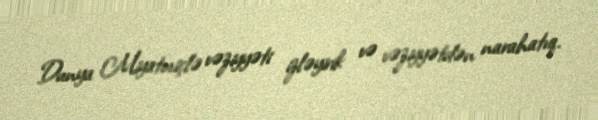
Dunya Miyatoviçlə vəziyyəti izləyirik və vəziyyətdən narahatıq.